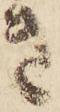
き